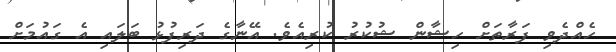
ހެއްދެވި ފަރާތަށް ހިޝާން ޝުކުރު ކުރިއެވެ. އޭނާގެ ދަރިފުޅު ބަލައި އެ ގައުމަށް